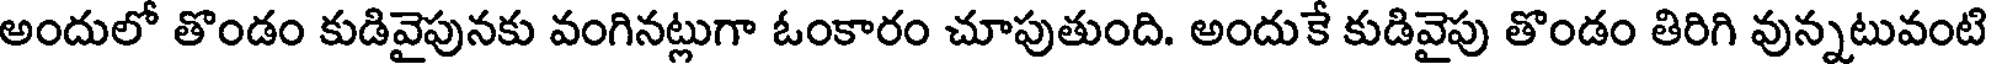
అందులో తొండం కుడివైపునకు వంగినట్లుగా ఓంకారం చూపుతుంది. అందుకే కుడివైపు తొండం తిరిగి వున్నటువంటి